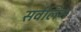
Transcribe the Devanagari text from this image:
सर्वलिन